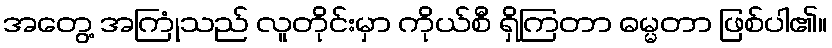
အတွေ့ အကြုံသည် လူတိုင်းမှာ ကိုယ်စီ ရှိကြတာ ဓမ္မတာ ဖြစ်ပါ၏။